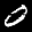
Label: 0